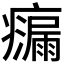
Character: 𭼴